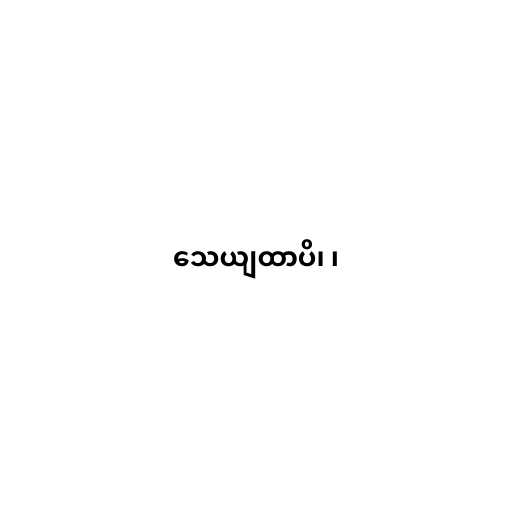
သေယျထာပိ၊ ၊